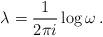
LaTeX: \begin{align*}\lambda=\frac{1}{2\pi i}\log{\omega}\, .\end{align*}